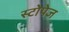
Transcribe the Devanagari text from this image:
स्टोपेज